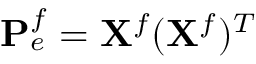
\mathbf { P } _ { e } ^ { f } = \mathbf { X } ^ { f } ( \mathbf { X } ^ { f } ) ^ { T }